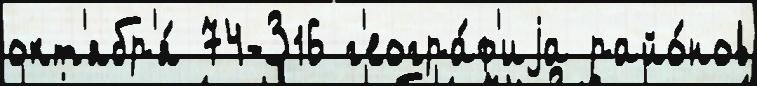
окт'ябр'я́ 74-З16 г'еогра́ф'иjа райо́нов